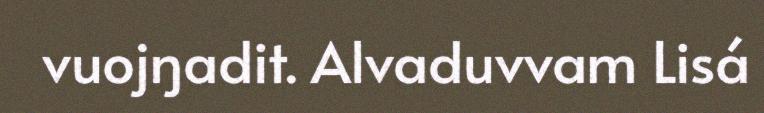
vuojŋadit. Alvaduvvam Lisá